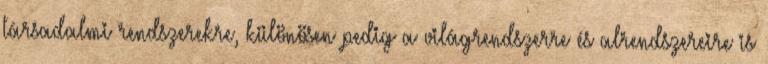
társadalmi rendszerekre, különösen pedig a világrendszerre és alrendszereire is